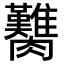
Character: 臡